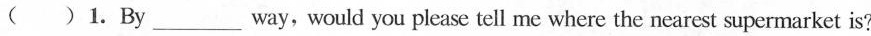
( )1.By ___ way, would you please tell me where the nearest supermarket is?